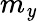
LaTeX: m_{\mathit{y}}